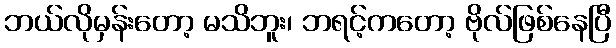
ဘယ်လိုမှန်းတော့ မသိဘူး၊ ဘရင့်ကတော့ ဗိုလ်ဖြစ်နေပြီ